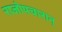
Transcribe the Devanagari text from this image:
राजोपचारान्